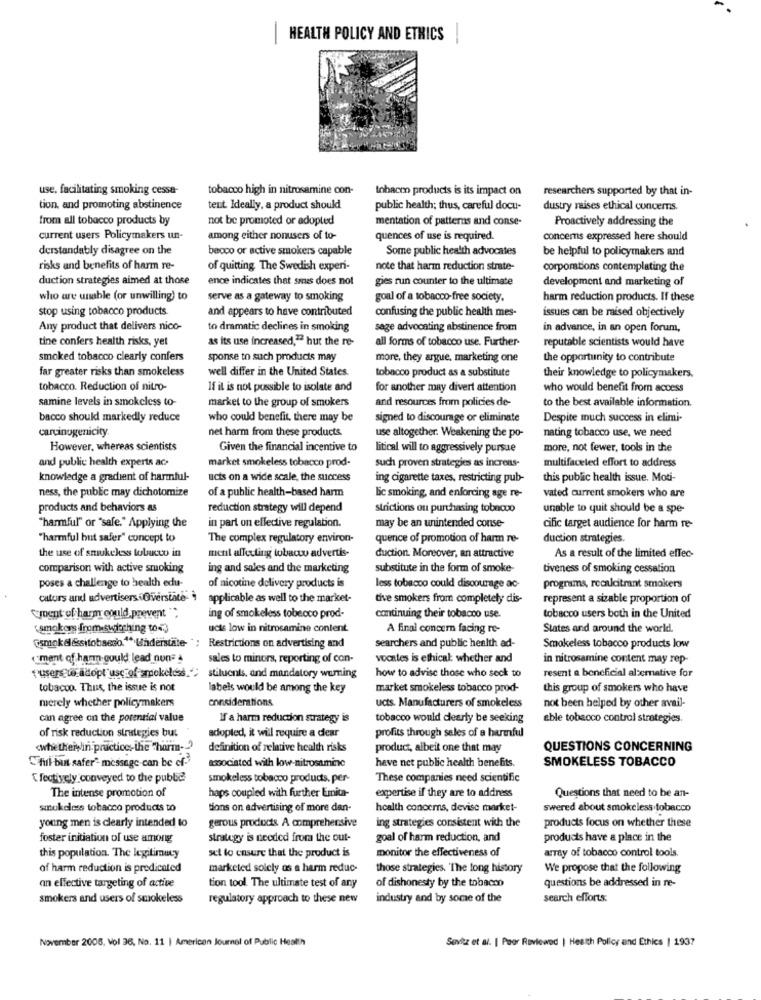
-
HEALTH POLICY AND ETHICS
use, facilitating smoking cesse-
tobacco high in nitrosamine con-
tobacco products is its impact on
researchers supported by that in-
tion, and promoting abstinence
tent. Ideally, a product should
public health; thus, careful docu-
dustry raises ethical concerns.
from all tobacco products by
not be promoted or adopted
mentation of patterns and conse-
Proactively addressing the
current users Policymakers un-
among either nonusers of to-
quences of use is required.
concerns expressed here should
derstandably disagree on the
baoco or active smokers capable
Some public health advocates
be helpful to policymakers and
risks and benefits of harm re-
of quitting The Swedish experi-
note that harm reduction strate-
corporations contemplating the
duction strategies aimed at those
ence indicates that smes does not
gies run counter to the ultimate
development and marketing of
who are unable (or unwilling) to
serve as a gateway to smoking
goal of a tobacco-free society.
harm reduction products. If these
stop using tobacco products
and appears to have contributed
confusing the public health mes-
issues can be raised objectively
Any product that delivers nico-
to dramatic declines in smoking
sage advocating abstinence from
in advance, in an open forum,
tine confers health risks, yet
as its use increased," hut the re-
all forms of tobacco use. Further-
reputable scientists would have
smoked tobacco clearly confers
sponse to such products may
more, they argue, marketing one
the opportunity to contribute
far greater risks than smokeless
well differ in the United States.
tobacco product as a substitute
their knowledge to policymakers,
tobacco. Reduction of nitro-
If it is not possible to isolate and
for another may divert attention
who would benefit from access
samine levels in smokeless to-
market to the group of smokers
and resources from policies de-
to the best available information.
bacco should markedly reduce
who could benefit, there may be
signed to discourage or eliminate
Despite much success in elimi-
carcinogenicity
net harm from these products
use altogether. Weakening the po-
nating tobacco use, we need
However, whereas scientists
Given the financial incentive to
litical will to aggressively pursue
more, not fewer, tools in the
and public health experts ac-
market smokeless tobacco prod-
multifaceted effort to address
such proven strategies as increas-
knowledge a gradient of harmful-
ucts on a wide scale, the success
ing cigarette taxes, restricting pub-
this public health issue. Moti-
ness, the public may dichotomize
of a public health-based harm
vated current smokers who are
lic smoking, and enforcing age re-
products and behaviors as
reduction strategy will depend
strictions on purchasing tobnoo
unable to quit should be a spe-
"harmful" or "safe." Applying the
in part on effective regulation.
may be an unintended conse-
cific target audience for harm re-
"harmful but safer" concept to
The complex regulatory environ-
quence of promotion of harm re-
duction strategies.
the use of smukeless tobacco in
metil affecting tobawww advertis-
duction. Moreover, an attractive
As a result of the limited effec-
comparison with active smoking
ing and sales and the marketing
substitute in the form of smoke-
tiveness of smoking cessation
poses a challenge to health edu-
of nicotine delivery products is
less tobacco could discourage ac-
programs, recalcitrant smokers
cators and advertisers Overstate > applicable as well to the market-
tive smokers from completely dis-
represent a sizable proportion of
continuing their tobacco use.
"ment of harm could.prevent "
ing of smokeless tobecco prod-
tobacco users both in the United
(smokom from switching to-)
ucts low in nitrosamine content.
A final concern facing re-
States and around the world
smokelessitobacco. " Understate- ; Restrictions on advertising and
searchers and public health ad-
Smokeless tobacco products low
"ment of hamn gould lead non= a
sales to minors, reporting of con-
vocales is ethical: whether and
in nitrosamine content may rep-
stilucnis, and mandatory wurning
how to advise those who seck to
resent a beneficial alternative for
t'users w adopt"use of smokeless."
tobacco. Thus, the issue is not
labels would be among the key
market smokeless tobacco prod-
this group of smokers who have
considerations
merely whether policymakers
ucts. Manufacturers of smokeless
not been helped by other avail-
can agree on the potential value
If a harm reduction strategy is
tobacco would clearly be seeking
able tobacco control strategies.
of risk reduction strategies but
profits through sales of a harmful
adopted, it will require a dear
<whetherwin practice ;- the "harm-
definition of relative health risks
product, albeit one that may
QUESTIONS CONCERNING
ful but safer" message-can be cf-
associated with low-nitrosamine
have net public health benefits.
SMOKELESS TOBACCO
Cfectively conveyed to the public
smokeless tobacco products, per
These companies need scientific
Questions that need to be an-
The intense promotion of
haps coupled with further Emica-
expertise if they are to address
smokeless tobacco products to
tions on advertising of more dan-
health conoces, devise market-
swered about smokeless tobacco
young men is clearly intended to
ing strategies consistent with the
products focus on whether these
gerous products A comprehensive
foster initiation of use among
strategy is needed from the out-
goal of harm reduction, and
products have a place in the
set to ensure that the product is
monitor the effectiveness of
array of tobacco control tools.
this population. The legitimacy
of harm reduction is predicated
marketed solely os a harm reduc-
those strategies. The long history
We propose that the following
questions be addressed in re-
an effective targeting of active
tion tool. The ultimate test of any
of dishonesty by the tobacco
smokers and users of smokeless
regulatory approach to these new
industry and by some of the
search efforts:
November 2005, Vol 36, No. 11 | American Journal of Public Health
Sovitz et al. | Poor Reviewed | Health Policy and Ethics | 1937